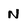
Character: N